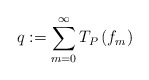
\begin{align*}q :=\sum_{m=0}^{\infty }T_{P}\left( f_{m}\right) \end{align*}